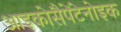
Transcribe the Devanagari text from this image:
आइकोसैपेंटेनोइक